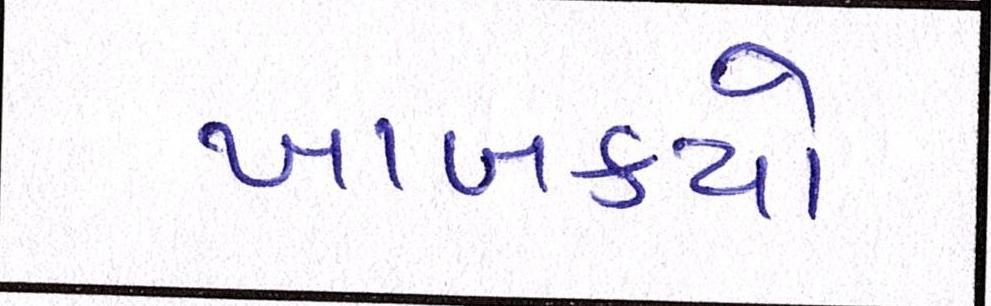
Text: ખાબક્યો